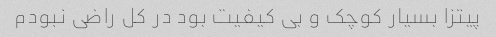
پیتزا بسیار کوچک و بی کیفیت بود در کل راضی نبودم